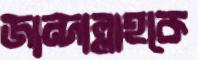
জান্দাল্লাহকে